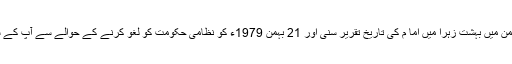
ایرانی عوام نے اپنے بے سابقہ استقبال کے ضمن میں بہشت زہرا میں اما م کی تاریخ تقریر سنی اور 21 بہمن 1979ء کو نظامی حکومت کو لغو کرنے کے حوالے سے آپ کے سرنوشت ساز حکم کو دل و جان سے تسلیم کیا۔